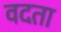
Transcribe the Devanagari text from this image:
वदता